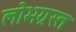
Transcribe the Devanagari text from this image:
लोभग्रस्त